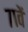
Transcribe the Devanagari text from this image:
७१वें